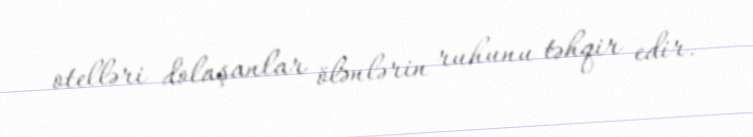
otelləri dolaşanlar ölənlərin ruhunu təhqir edir.